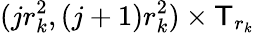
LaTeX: (jr_{k}^{2},(j+1)r_{k}^{2})\times\mathsf T_{r_{k}}